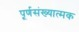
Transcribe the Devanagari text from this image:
पूर्णसंख्यात्मक